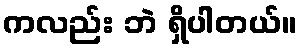
ကလည်း ဘဲ ရှိပါတယ်။